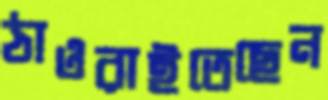
ঠাওরাইতেছেন